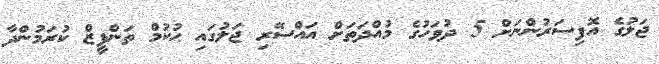
ޖަލުގެ އޮފިސަރުންނަށް 5 ދުވަހުގެ މުއްދަތަށް އައްސޭރި ޖަލުގައި ޙުކުމް ތަންފީޒް ކުރަމުންދާ